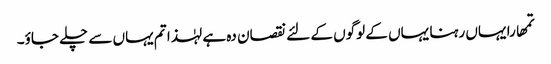
تمھارا یہاں رہنا یہاں کے لوگوں کے لئے نقصان دہ ہے لہٰذا تم یہاں سے چلے جاؤ۔